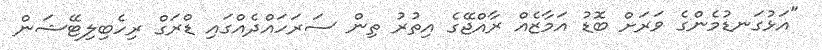
"އަޅުގަނޑުމެންގެ ވަރަށް ބޮޑު އަމާޒެއް ރާއްޖޭގެ އިތުރު ތިން ސަރަހައްދެއްގައި ޑްރަގް ރިހެބިލިޓޭޝަން